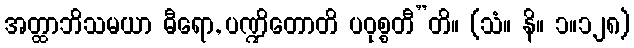
အတ္ထာဘိသမယာ ဓီရော, ပဏ္ဍိတောတိ ပဝုစ္စတီ”တိ။ (သံ။ နိ။ ၁။၁၂၈)